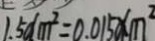
1 . 5 d m ^ { 2 } = 0 . 0 1 5 0 ( m ^ { 2 }